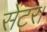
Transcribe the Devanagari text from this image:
सेंटर।